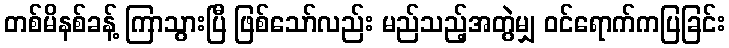
တစ်မိနစ်ခန့် ကြာသွားပြီ ဖြစ်သော်လည်း မည်သည့်အတွဲမျှ ဝင်ရောက်ကပြခြင်း